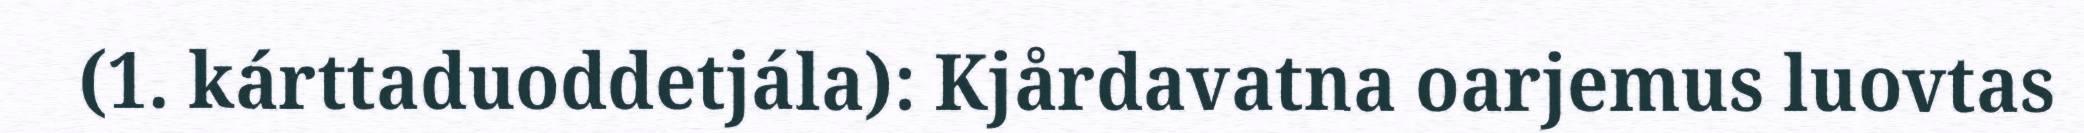
(1. kárttaduoddetjála): Kjårdavatna oarjemus luovtas